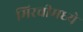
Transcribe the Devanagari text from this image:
मिरचीमध्ये